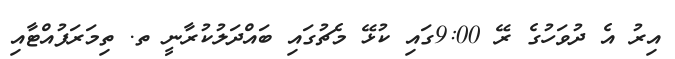
އިރު އެ ދުވަހުގެ ރޭ 9:00ގައި ކުޅޭ މެޗުގައި ބައްދަލުކުރާނީ ތ. ތިމަރަފުއްޓާއި